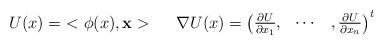
LaTeX: \begin{align*}U(x) = \ <\phi (x), \mathbf x> \ \ \ \ \nabla U(x) = \begin{pmatrix}\frac{\partial U}{\partial x_1},& \cdots &, \frac{\partial U}{\partial x_n}\end{pmatrix}^t\end{align*}